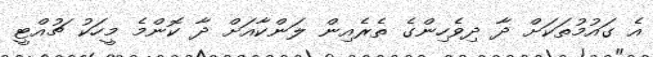
އެ ގައުމުތަކަށް ދާ ދިވެހިންގެ ތެރެއިން ލަންކާއަށް ދާ ކޮންމެ މީހަކު ޗުއްޓީ